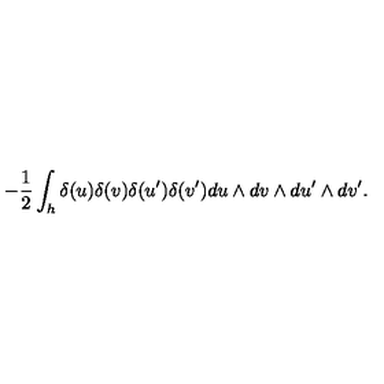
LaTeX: - { \frac { 1 } { 2 } } \int _ { h } \delta ( u ) \delta ( v ) \delta ( u ^ { \prime } ) \delta ( v ^ { \prime } ) d u \wedge d v \wedge d u ^ { \prime } \wedge d v ^ { \prime } .